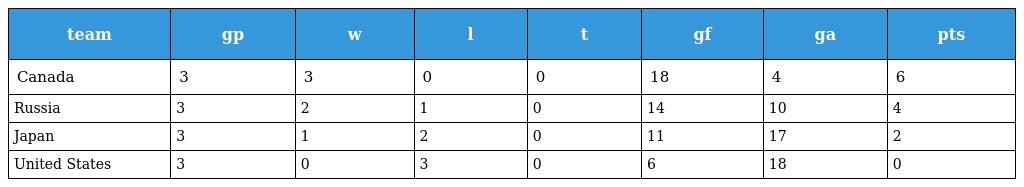
| team | gp | w | l | t | gf | ga | pts |
 | --- | --- | --- | --- | --- | --- | --- | --- |
 | Canada | 3 | 3 | 0 | 0 | 18 | 4 | 6 |
 | Russia | 3 | 2 | 1 | 0 | 14 | 10 | 4 |
 | Japan | 3 | 1 | 2 | 0 | 11 | 17 | 2 |
 | United States | 3 | 0 | 3 | 0 | 6 | 18 | 0 |